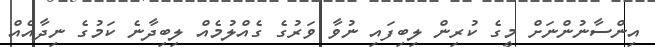
އިންސާނުންނަށް މީގެ ކުރިން ލިބިފައި ނުވާ ވަރުގެ ގެއްލުމެއް ލިބިދާނެ ކަމުގެ ނިދާއެއް